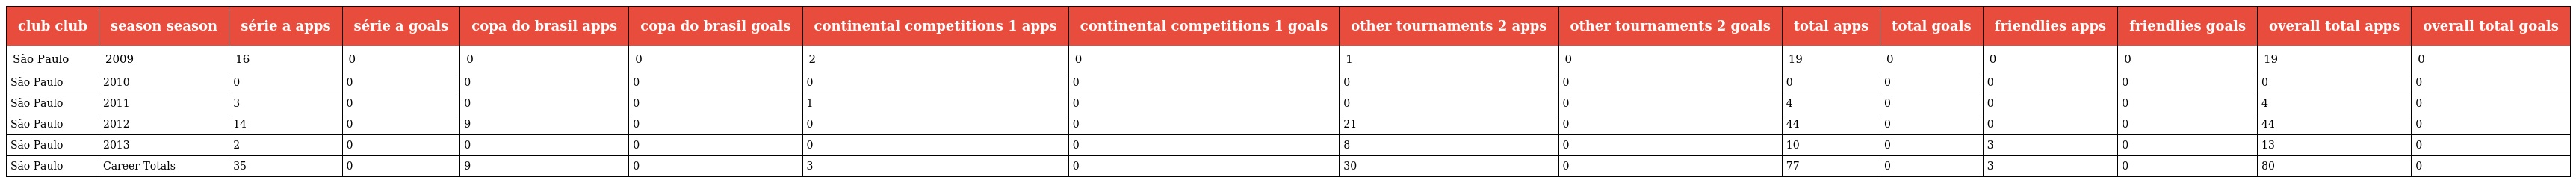
| club club | season season | série a apps | série a goals | copa do brasil apps | copa do brasil goals | continental competitions 1 apps | continental competitions 1 goals | other tournaments 2 apps | other tournaments 2 goals | total apps | total goals | friendlies apps | friendlies goals | overall total apps | overall total goals |
 | --- | --- | --- | --- | --- | --- | --- | --- | --- | --- | --- | --- | --- | --- | --- | --- |
 | São Paulo | 2009 | 16 | 0 | 0 | 0 | 2 | 0 | 1 | 0 | 19 | 0 | 0 | 0 | 19 | 0 |
 | São Paulo | 2010 | 0 | 0 | 0 | 0 | 0 | 0 | 0 | 0 | 0 | 0 | 0 | 0 | 0 | 0 |
 | São Paulo | 2011 | 3 | 0 | 0 | 0 | 1 | 0 | 0 | 0 | 4 | 0 | 0 | 0 | 4 | 0 |
 | São Paulo | 2012 | 14 | 0 | 9 | 0 | 0 | 0 | 21 | 0 | 44 | 0 | 0 | 0 | 44 | 0 |
 | São Paulo | 2013 | 2 | 0 | 0 | 0 | 0 | 0 | 8 | 0 | 10 | 0 | 3 | 0 | 13 | 0 |
 | São Paulo | Career Totals | 35 | 0 | 9 | 0 | 3 | 0 | 30 | 0 | 77 | 0 | 3 | 0 | 80 | 0 |